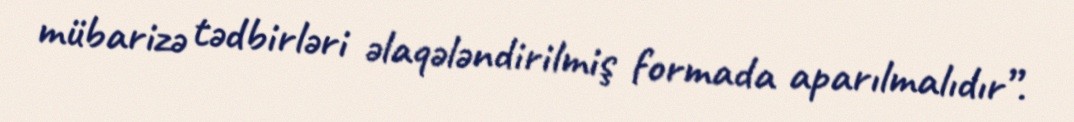
mübarizə tədbirləri əlaqələndirilmiş formada aparılmalıdır”.